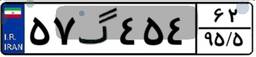
۵۷گ۴۵۴۶۲